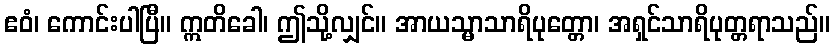
ဧဝံ၊ ကောင်းပါပြီ။ ဣတိခေါ၊ ဤသို့လျှင်။ အာယသ္မာသာရိပုတ္တော၊ အရှင်သာရိပုတ္တရာသည်။